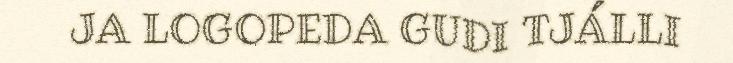
JA LOGOPEDA GUDI TJÁLLI